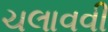
ચલાવવી